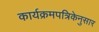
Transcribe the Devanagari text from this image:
कार्यक्रमपत्रिकेनुसार